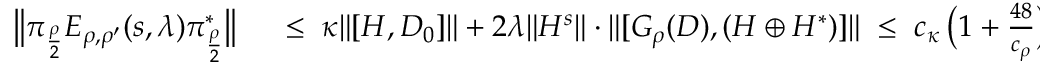
\begin{array} { r l } { \big \| \pi _ { \frac { \rho } { 2 } } E _ { \rho , \rho ^ { \prime } } ( s , \lambda ) \pi _ { \frac { \rho } { 2 } } ^ { * } \big \| } & { { } \; \leq \; \kappa \| [ H , D _ { 0 } ] \| + 2 \lambda \| H ^ { s } \| \cdot \| [ G _ { \rho } ( D ) , ( H \oplus H ^ { * } ) ] \| \; \leq \; c _ { \kappa } \, { \big ( 1 + \frac { 4 8 } { c _ { \rho } } \big ) } \, g ^ { 2 } \; = \; \frac { 3 } { 4 } \, g ^ { 2 } \; . } \end{array}